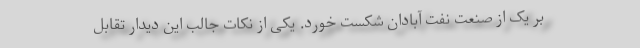
بر یک از صنعت نفت آبادان شکست خورد. یکی از نکات جالب این دیدار تقابل